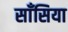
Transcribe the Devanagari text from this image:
साँसिया